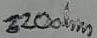
Text: 220Ω